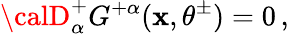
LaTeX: {\calD}_{\alpha}^{+}G^{+\alpha}(\mathbf{x},\theta^{\pm})=0\, ,